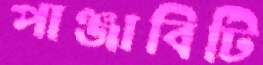
পাঞ্জাবিটি